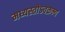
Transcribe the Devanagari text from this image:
मध्यस्तोऽवक्रम्य